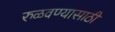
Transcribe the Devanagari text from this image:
रुळवण्यासाठी